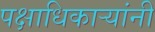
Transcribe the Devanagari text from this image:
पक्षाधिकाऱ्यांनी